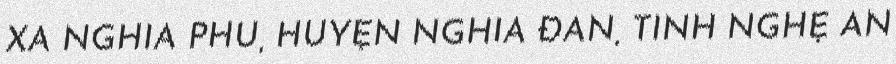
XÃ NGHĨA PHÚ, HUYỆN NGHĨA ĐÀN, TỈNH NGHỆ AN